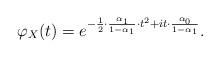
LaTeX: \begin{align*} \varphi_X(t) = e^{-\frac12\cdot \frac{\alpha_1}{1-\alpha_1} \cdot t^2 + it \cdot \frac{\alpha_0}{1-\alpha_1}}.\end{align*}